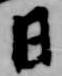
日